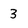
Character: 3